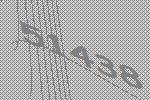
51438